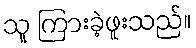
သူ ကြားခဲ့ဖူးသည်။